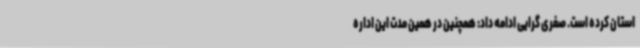
استان کرده است. صفری گرایی ادامه داد: همچنین در همین مدت این اداره